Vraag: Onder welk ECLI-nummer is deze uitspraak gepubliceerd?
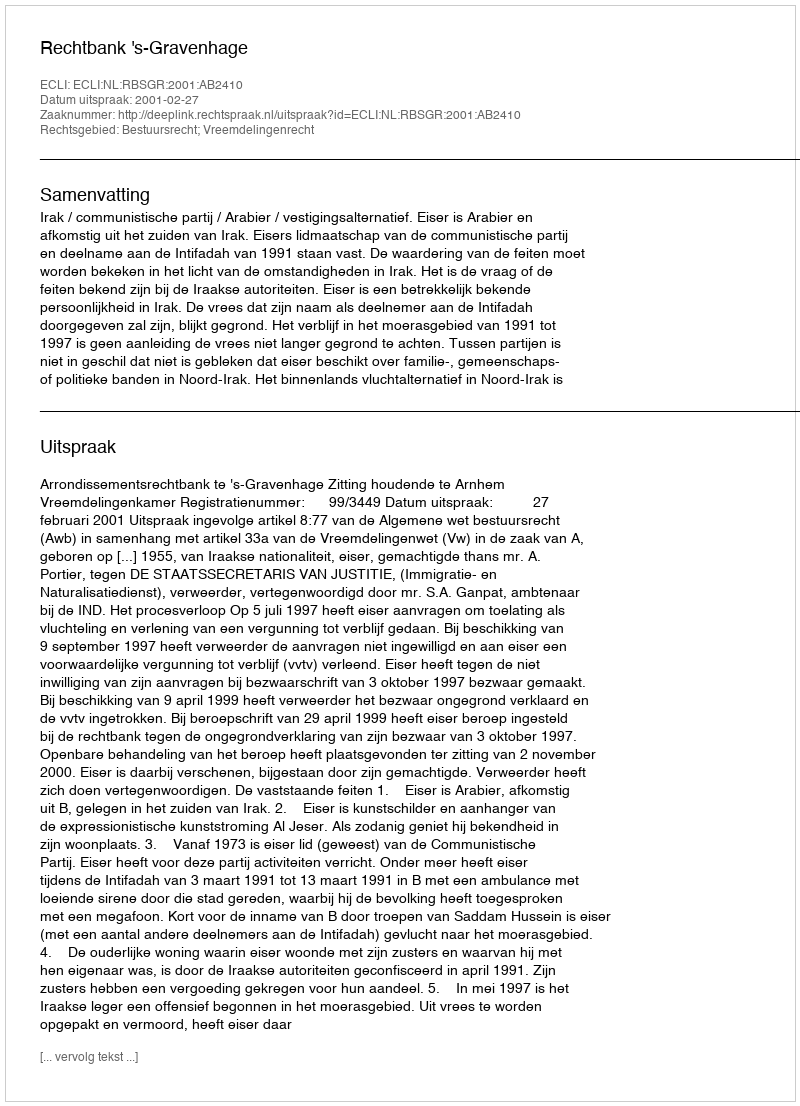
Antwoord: ECLI:NL:RBSGR:2001:AB2410